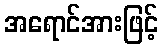
အရောင်အားဖြင့်